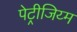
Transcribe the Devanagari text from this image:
पेट्रीजिय्म